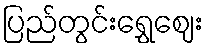
ပြည်တွင်းရွှေဈေး